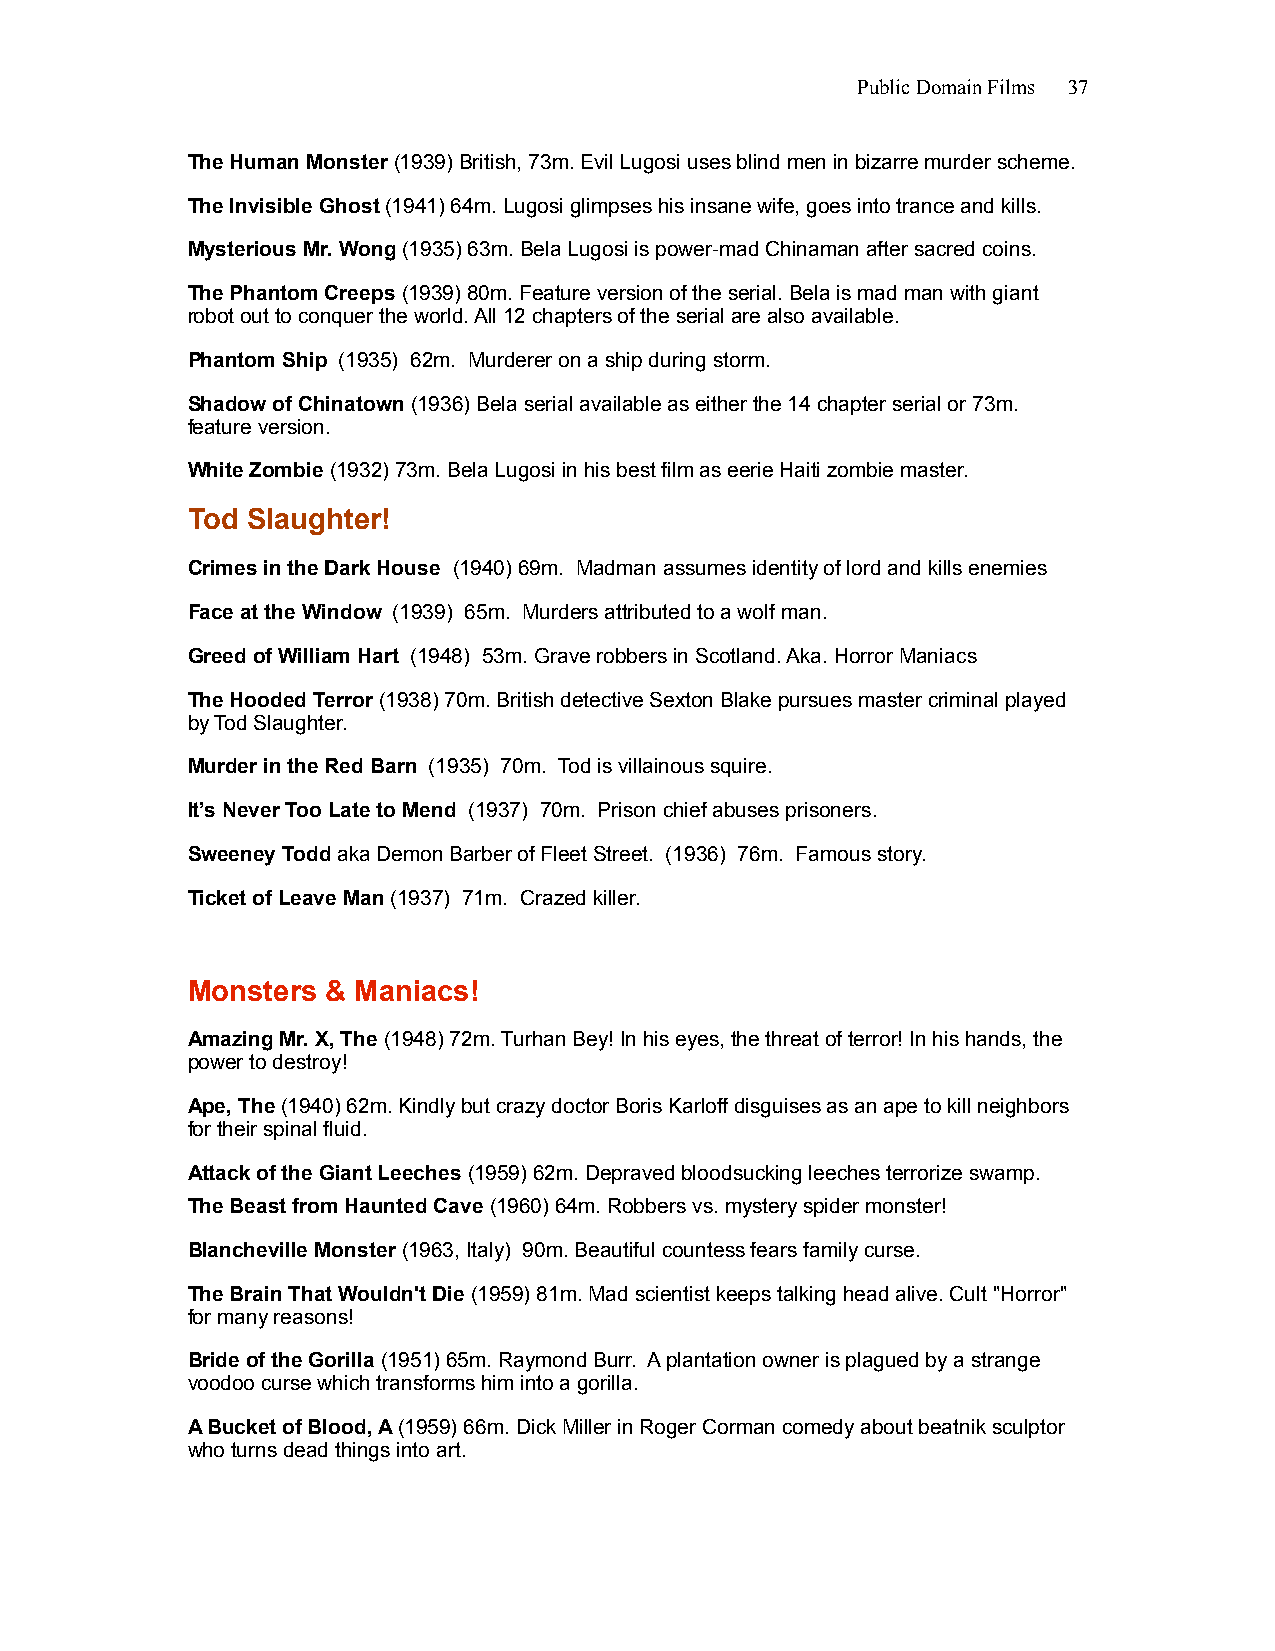
Public Domain Films 37
 The Human Monster (1939) British, 73m. Evil Lugosi uses blind men in bizarre murder scheme.
 The Invisible Ghost (1941) 64m. Lugosi glimpses his insane wife, goes into trance and kills.
 Mysterious Mr. Wong (1935) 63m. Bela Lugosi is power-mad Chinaman after sacred coins.
 The Phantom Creeps (1939) 80m. Feature version of the serial. Bela is mad man with giant
 robot out to conquer the world. All 12 chapters of the serial are also available.
 Phantom Ship (1935) 62m. Murderer on a ship during storm.
 Shadow of Chinatown (1936) Bela serial available as either the 14 chapter serial or 73m.
 feature version.
 White Zombie (1932) 73m. Bela Lugosi in his best film as eerie Haiti zombie master.
 Tod Slaughter!
 Crimes in the Dark House (1940) 69m. Madman assumes identity of lord and kills enemies
 Face at the Window (1939) 65m. Murders attributed to a wolf man.
 Greed of William Hart (1948) 53m. Grave robbers in Scotland. Aka. Horror Maniacs
 The Hooded Terror (1938) 70m. British detective Sexton Blake pursues master criminal played
 by Tod Slaughter.
 Murder in the Red Barn (1935) 70m. Tod is villainous squire.
 It’s Never Too Late to Mend (1937) 70m. Prison chief abuses prisoners.
 Sweeney Todd aka Demon Barber of Fleet Street. (1936) 76m. Famous story.
 Ticket of Leave Man (1937) 71m. Crazed killer.
 Monsters  & Maniacs!
 Amazing Mr. X, The (1948) 72m. Turhan Bey! In his eyes, the threat of terror! In his hands, the
 power to destroy!
 Ape, The (1940) 62m. Kindly but crazy doctor Boris Karloff disguises as an ape to kill neighbors
 for their spinal fluid.
 Attack of the Giant Leeches (1959) 62m. Depraved bloodsucking leeches terrorize swamp.
 The Beast from Haunted Cave (1960) 64m. Robbers vs. mystery spider monster!
 Blancheville Monster (1963, Italy) 90m. Beautiful countess fears family curse.
 The Brain That Wouldn't Die (1959) 81m. Mad scientist keeps talking head alive. Cult "Horror"
 for many reasons!
 Bride of the Gorilla (1951) 65m. Raymond Burr. A plantation owner is plagued by a strange
 voodoo curse which transforms him into a gorilla.
 A Bucket of Blood, A (1959) 66m. Dick Miller in Roger Corman comedy about beatnik sculptor
 who turns dead things into art.